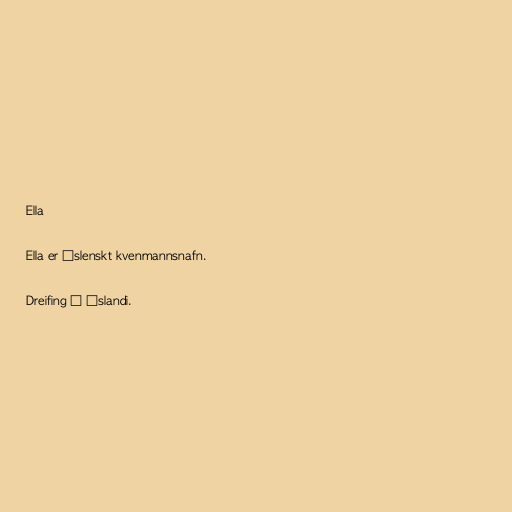
Ella

Ella er íslenskt kvenmannsnafn.

Dreifing á Íslandi.